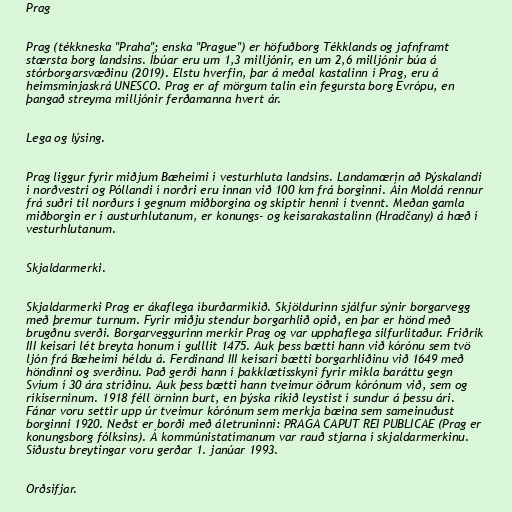
Prag

Prag (tékkneska "Praha"; enska "Prague") er höfuðborg Tékklands og jafnframt
stærsta borg landsins. Íbúar eru um 1,3 milljónir, en um 2,6 milljónir búa á
stórborgarsvæðinu (2019). Elstu hverfin, þar á meðal kastalinn í Prag, eru á
heimsminjaskrá UNESCO. Prag er af mörgum talin ein fegursta borg Evrópu, en
þangað streyma milljónir ferðamanna hvert ár.

Lega og lýsing.

Prag liggur fyrir miðjum Bæheimi í vesturhluta landsins. Landamærin að Þýskalandi
í norðvestri og Póllandi í norðri eru innan við 100 km frá borginni. Áin Moldá rennur
frá suðri til norðurs í gegnum miðborgina og skiptir henni í tvennt. Meðan gamla
miðborgin er í austurhlutanum, er konungs- og keisarakastalinn (Hradčany) á hæð í
vesturhlutanum.

Skjaldarmerki.

Skjaldarmerki Prag er ákaflega íburðarmikið. Skjöldurinn sjálfur sýnir borgarvegg
með þremur turnum. Fyrir miðju stendur borgarhlið opið, en þar er hönd með
brugðnu sverði. Borgarveggurinn merkir Prag og var upphaflega silfurlitaður. Friðrik
III keisari lét breyta honum í gulllit 1475. Auk þess bætti hann við kórónu sem tvö
ljón frá Bæheimi héldu á. Ferdinand III keisari bætti borgarhliðinu við 1649 með
höndinni og sverðinu. Það gerði hann í þakklætisskyni fyrir mikla baráttu gegn
Svíum í 30 ára stríðinu. Auk þess bætti hann tveimur öðrum kórónum við, sem og
ríkiserninum. 1918 féll örninn burt, en þýska ríkið leystist í sundur á þessu ári.
Fánar voru settir upp úr tveimur kórónum sem merkja bæina sem sameinuðust
borginni 1920. Neðst er borði með áletruninni: PRAGA CAPUT REI PUBLICAE (Prag er
konungsborg fólksins). Á kommúnistatímanum var rauð stjarna í skjaldarmerkinu.
Síðustu breytingar voru gerðar 1. janúar 1993.

Orðsifjar.